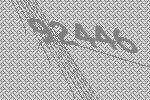
92446